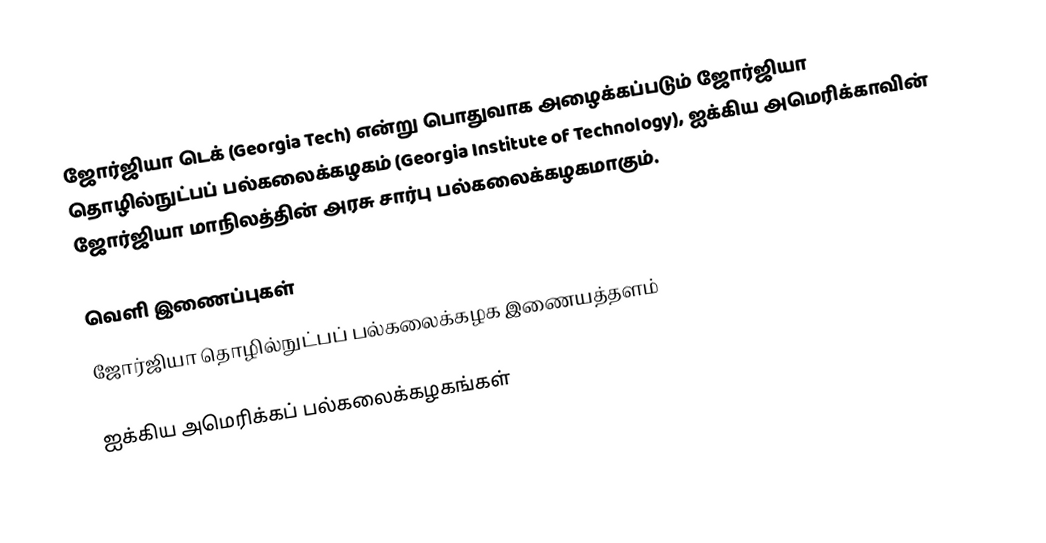
ஜோர்ஜியா டெக் (Georgia Tech) என்று பொதுவாக அழைக்கப்படும் ஜோர்ஜியா தொழில்நுட்பப் பல்கலைக்கழகம் (Georgia Institute of Technology), ஐக்கிய அமெரிக்காவின் ஜோர்ஜியா மாநிலத்தின் அரசு சார்பு பல்கலைக்கழகமாகும்.

வெளி இணைப்புகள்
 ஜோர்ஜியா தொழில்நுட்பப் பல்கலைக்கழக இணையத்தளம்

ஐக்கிய அமெரிக்கப் பல்கலைக்கழகங்கள்